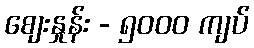
စျေးနှုန်း - ၅၀၀၀ ကျပ်